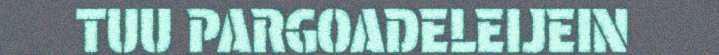
TUU PARGOADELEIJEIN